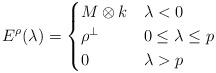
LaTeX: \begin{align*} E^{\rho}(\lambda) = \begin{cases} M\otimes k & \lambda < 0 \\ \rho^\perp & 0 \leq \lambda \leq p\\ 0 & \lambda > p \end{cases} \end{align*}